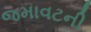
જમાવટની